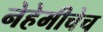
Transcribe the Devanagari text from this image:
नेहेमीचेच